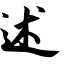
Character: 述